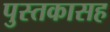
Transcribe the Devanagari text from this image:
पुस्तकासह